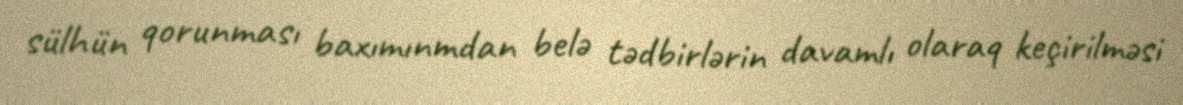
sülhün qorunması baxımınmdan belə tədbirlərin davamlı olaraq keçirilməsi